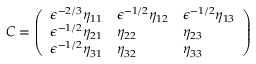
C = \left( \begin{array} { l l l } { \epsilon ^ { - 2 / 3 } \eta _ { 1 1 } } & { \epsilon ^ { - 1 / 2 } \eta _ { 1 2 } } & { \epsilon ^ { - 1 / 2 } \eta _ { 1 3 } } \\ { \epsilon ^ { - 1 / 2 } \eta _ { 2 1 } } & { \eta _ { 2 2 } } & { \eta _ { 2 3 } } \\ { \epsilon ^ { - 1 / 2 } \eta _ { 3 1 } } & { \eta _ { 3 2 } } & { \eta _ { 3 3 } } \end{array} \right)